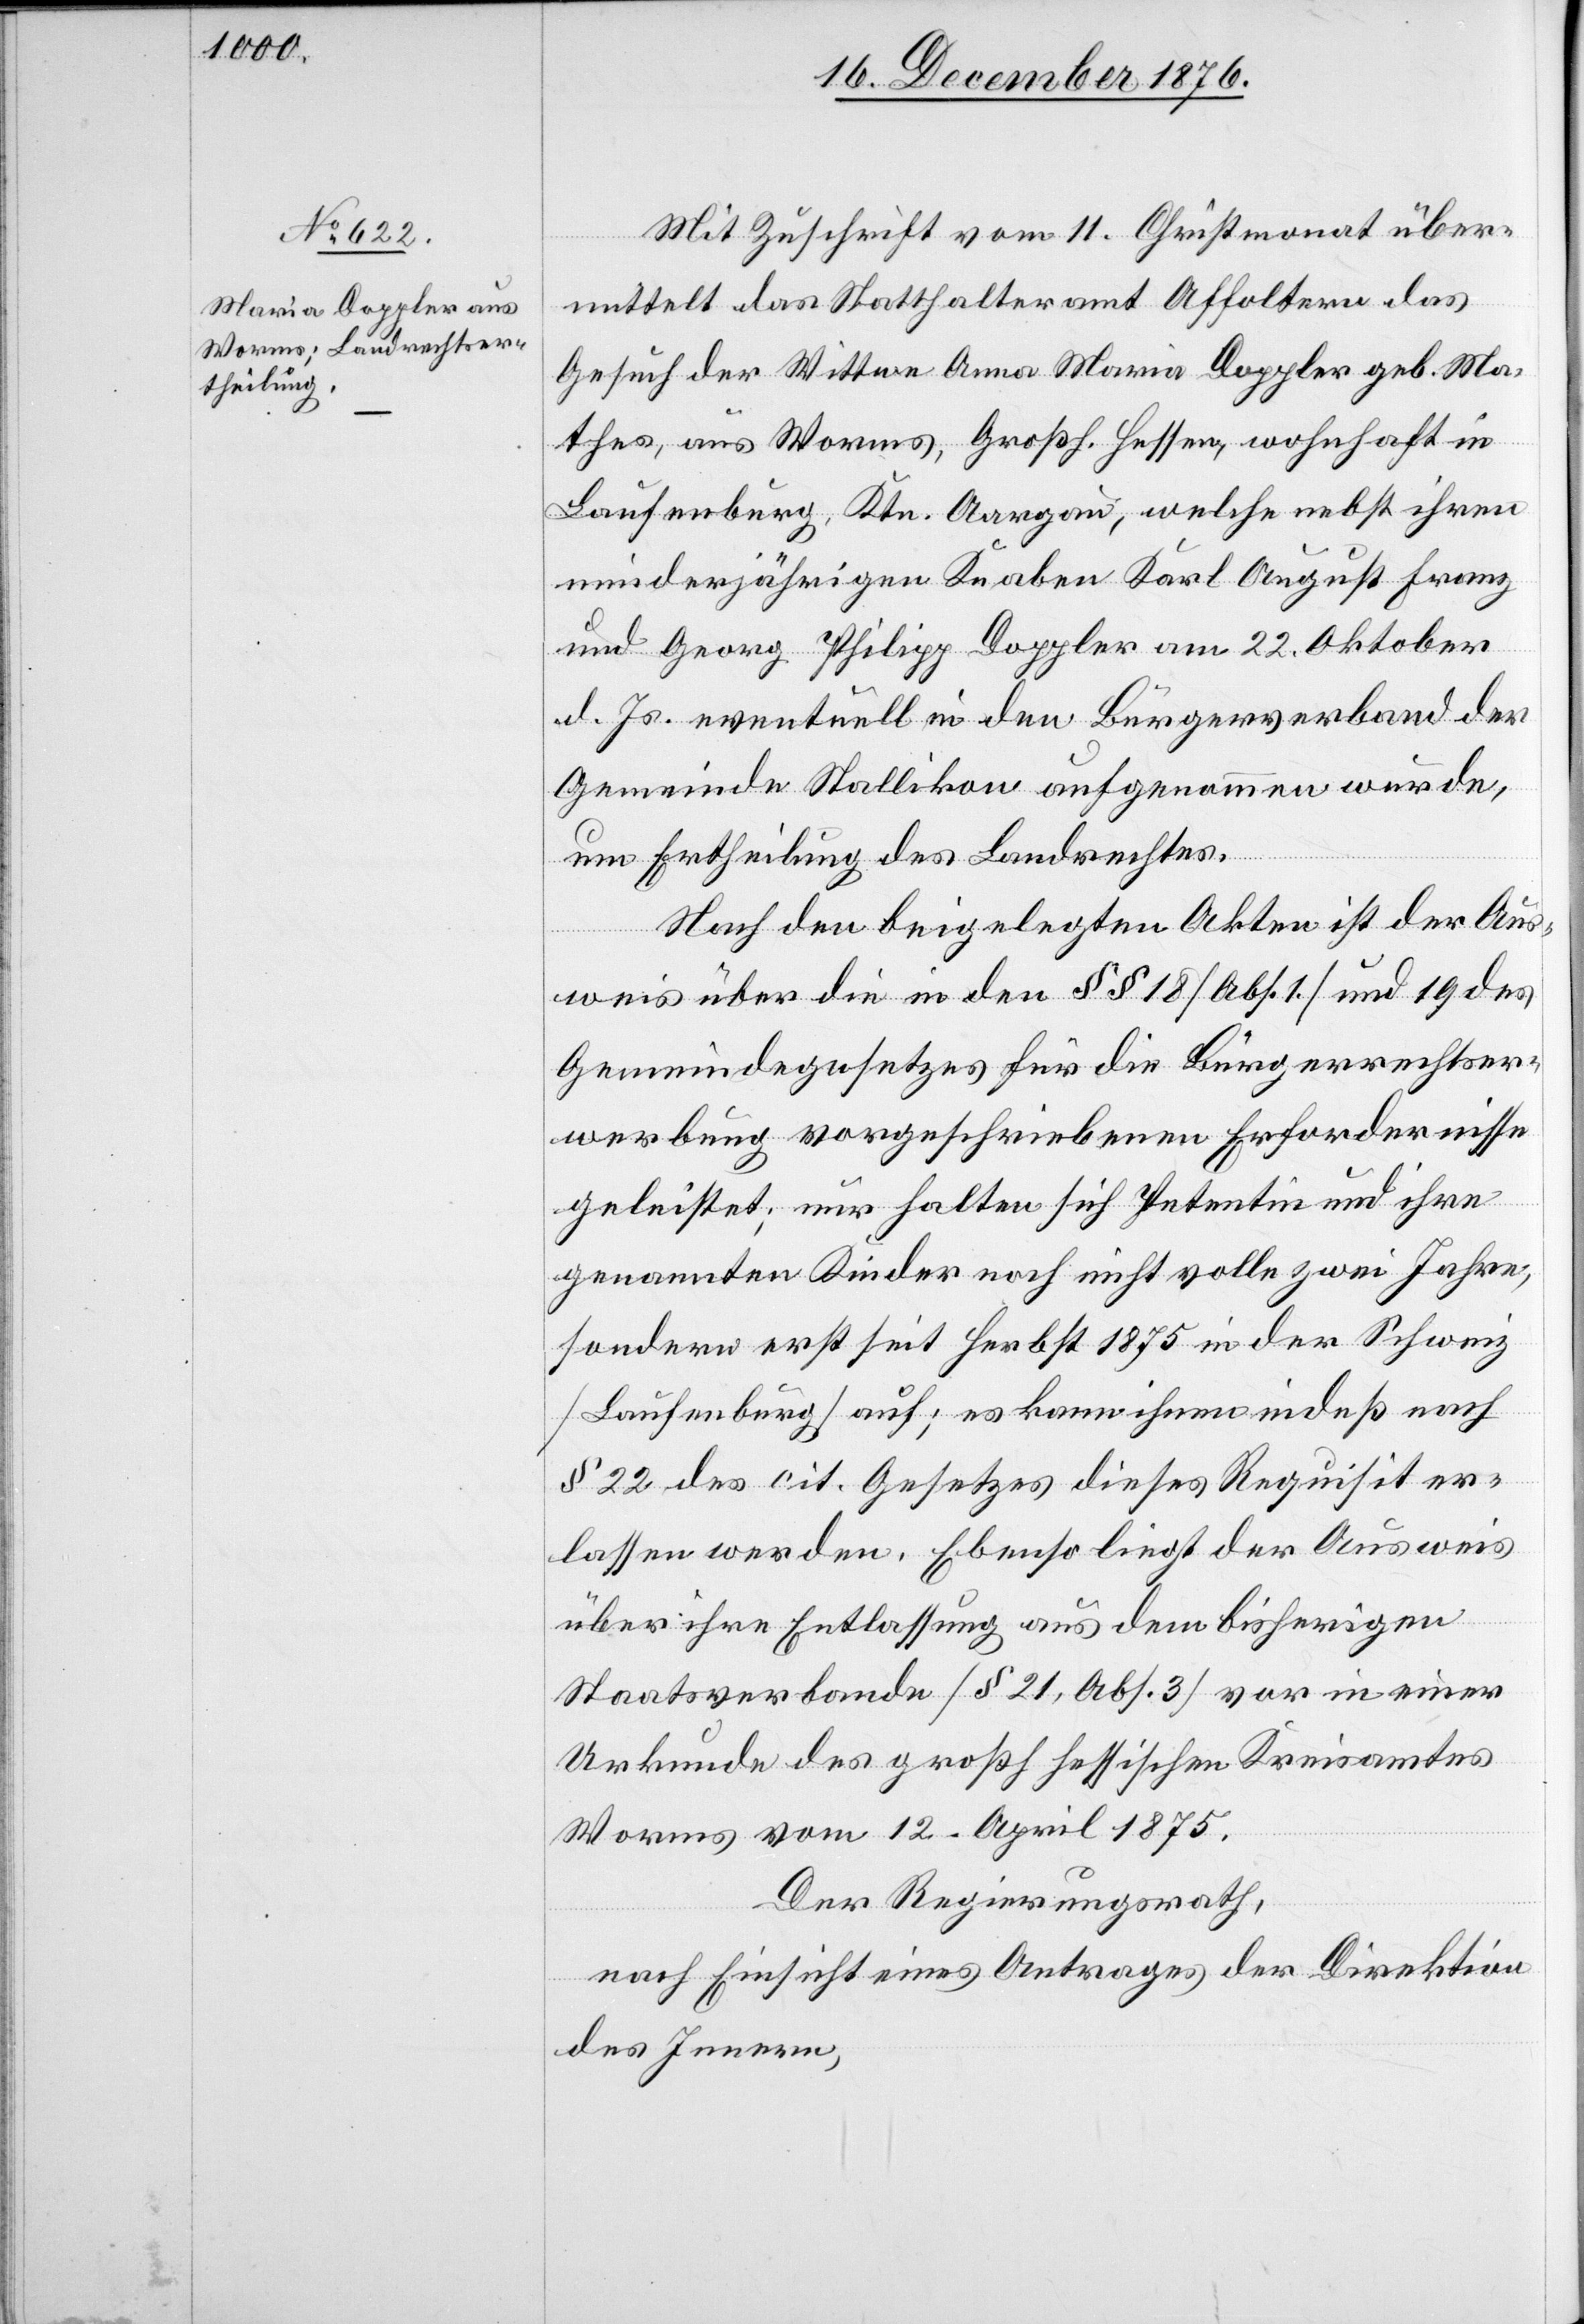
Mit Zuschrift vom 11. Christmonat über¬
mittelt das Statthalteramt Affoltern das
Gesuch der Wittwe Anna Maria Doppler geb. Me¬
thes, aus Worms, Großh. Hessen, wohnhaft in
Laufenburg, Ktn. Aargau, welche nebst ihrem
minderjährigen Knaben Karl August Franz
und Georg Philipp Doppler am 22. Oktober
d. Js. eventuell in den Bürgerverband der
Gemeinde Stallikon aufgenommen wurde,
um Ertheilung des Landrechtes.
Nach den beigelegten Akten ist der Aus¬
weis über die in den §§ 18 [Abs. 1] und 19 des
Gemeindegesetzes für die Bürgerrechtser¬
werbung vorgeschriebenen Erfordernisse
geleistet; nur halten sich Petentin und ihre
genannten Kinder noch nicht volle zwei Jahre,
sondern erst seit Herbst 1875 in der Schweiz
[Laufenburg] auf; es kann ihnen indeß nach
§ 22 des cit. Gesetzes dieses Requisit er¬
lassen werden. Ebenso liegt der Ausweis
über ihre Entlassung aus dem bisherigen
Staatsverbande [§ 21, Abs. 3] vor in einer
Urkunde des großh. hessischen Kreisamtes
Worms vom 12. April 1875.
Der Regierungsrath,
nach Einsicht eines Antrages der Direktion
des Innern,